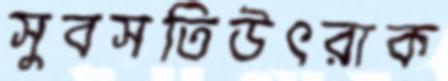
সুবসতিউৎরাক